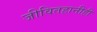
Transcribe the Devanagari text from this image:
जीवितहानीही